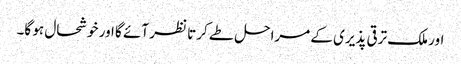
اور ملک ترقی پذیری کے مراحل طے کرتا نظر آئے گا اور خوشحال ہو گا۔